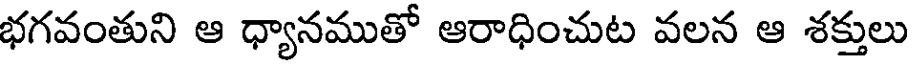
భగవంతుని ఆ ధ్యానముతో ఆరాధించుట వలన ఆ శక్తులు